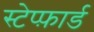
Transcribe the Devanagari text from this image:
स्टेप्फ़ार्ड